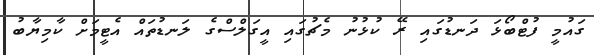
ގައުމީ ފުޓްބޯޅަ ދަނޑުގައި ރޭ ކުޅުނު މެޗުގައި އީގަލްސްގެ ލަނޑުތައް އެޓީމަށް ކާމިޔާބު